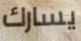
يسارك